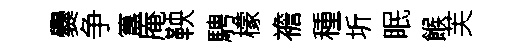
爨争簋庵鞅騁檬襜種圻眠餱芙